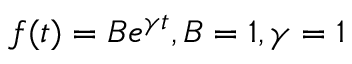
f ( t ) = B e ^ { \gamma t } , B = 1 , \gamma = 1